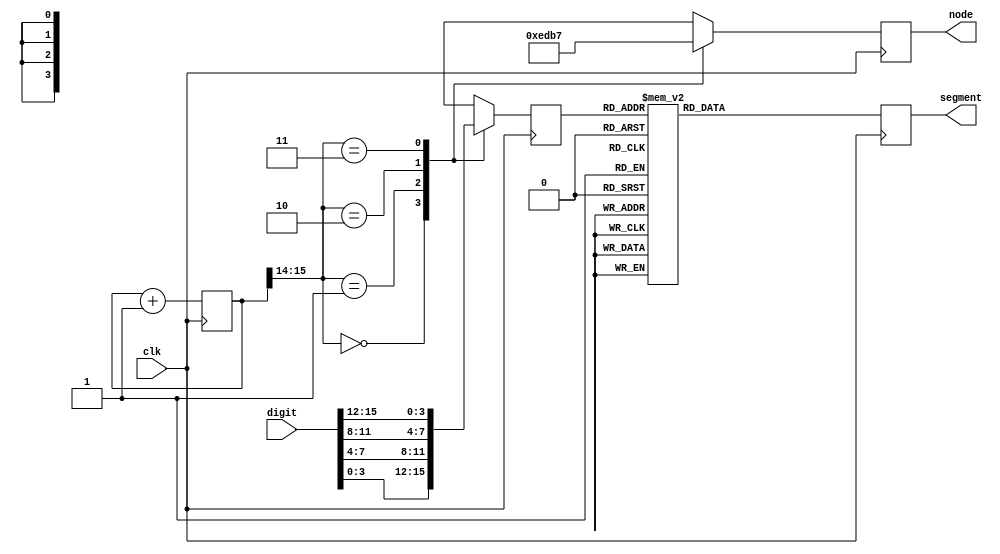
`timescale 1ns / 1ps
module disp(
	input wire clk,
	input wire [15:0] digit,//
	output reg [3:0] node, //4
	output reg [7:0] segment);//+
	reg [3:0]  code  =  4'b0;
	reg [15:0] count = 15'b0;
	always @(posedge clk) begin
		 case (count[15:14])
		//(count[1:0])?
			  2'b00 : begin
					node <= 4'b1110;
					code <= digit[3:0];
				end
			  2'b01 : begin
					node <= 4'b1101;
					code <= digit[7:4];
				end
			  2'b10 : begin
					node <= 4'b1011;
					code <= digit[11:8];
				end
			  2'b11 : begin
					node <= 4'b0111;
					code <= digit[15:12];
				end
		 endcase
		 case (code)
			  4'b0000: segment[7:0] <= 8'b11000000;
			  4'b0001: segment[7:0] <= 8'b11111001;
			  4'b0010: segment[7:0] <= 8'b10100100;
			  4'b0011: segment[7:0] <= 8'b10110000;
			  4'b0100: segment[7:0] <= 8'b10011001;
			  4'b0101: segment[7:0] <= 8'b10010010;
			  4'b0110: segment[7:0] <= 8'b10000010;
			  4'b0111: segment[7:0] <= 8'b11111000;
			  4'b1000: segment[7:0] <= 8'b10000000;
			  4'b1001: segment[7:0] <= 8'b10010000;
			  4'b1010: segment[7:0] <= 8'b10001000;
			  4'b1011: segment[7:0] <= 8'b10000011;
			  4'b1100: segment[7:0] <= 8'b11000110;
			  4'b1101: segment[7:0] <= 8'b10100001;
			  4'b1110: segment[7:0] <= 8'b10000110;
			  4'b1111: segment[7:0] <= 8'b10001110;
			  default: segment[7:0] <= 8'b11111111;
		 endcase
		 count <= count + 1;
	end
endmodule